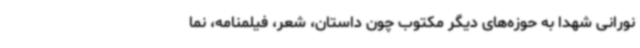
نورانی شهدا به حوزه‌های دیگر مکتوب چون داستان، شعر، فیلمنامه، نما